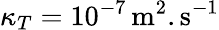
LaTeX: \kappa_{T}=10^{-7}\, \mathrm{m^{2}.s^{-1}}